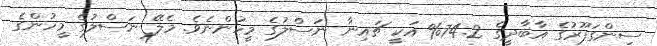
ސިންގަޕޫރުގެ އާބާދީގެ 74.2% އަކީ ޗައިނާ ނަސްލުގެ މީހުންނެވެ. މެލޭ ނަސްލުގެ މީހުންގެ